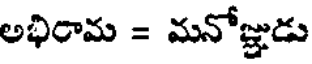
అభిరామ = మనోజ్ఞుడు